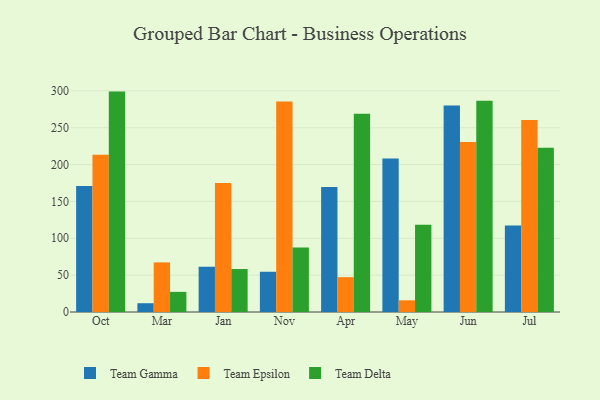
{"axis": {"x": "Month", "y": "Net Income (USD K)"}, "legend": ["Team Delta", "Team Epsilon", "Team Gamma"], "data": [{"x": "Oct", "y": 171.1, "type": "Team Gamma"}, {"x": "Oct", "y": 213.2, "type": "Team Epsilon"}, {"x": "Oct", "y": 299.0, "type": "Team Delta"}, {"x": "Mar", "y": 11.9, "type": "Team Gamma"}, {"x": "Mar", "y": 67.3, "type": "Team Epsilon"}, {"x": "Mar", "y": 27.3, "type": "Team Delta"}, {"x": "Jan", "y": 61.4, "type": "Team Gamma"}, {"x": "Jan", "y": 175.0, "type": "Team Epsilon"}, {"x": "Jan", "y": 58.3, "type": "Team Delta"}, {"x": "Nov", "y": 54.6, "type": "Team Gamma"}, {"x": "Nov", "y": 285.5, "type": "Team Epsilon"}, {"x": "Nov", "y": 87.6, "type": "Team Delta"}, {"x": "Apr", "y": 169.5, "type": "Team Gamma"}, {"x": "Apr", "y": 47.3, "type": "Team Epsilon"}, {"x": "Apr", "y": 268.9, "type": "Team Delta"}, {"x": "May", "y": 208.2, "type": "Team Gamma"}, {"x": "May", "y": 15.9, "type": "Team Epsilon"}, {"x": "May", "y": 118.2, "type": "Team Delta"}, {"x": "Jun", "y": 280.0, "type": "Team Gamma"}, {"x": "Jun", "y": 230.5, "type": "Team Epsilon"}, {"x": "Jun", "y": 286.6, "type": "Team Delta"}, {"x": "Jul", "y": 117.3, "type": "Team Gamma"}, {"x": "Jul", "y": 260.5, "type": "Team Epsilon"}, {"x": "Jul", "y": 222.9, "type": "Team Delta"}]}